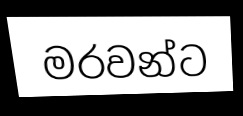
මරවන්ට